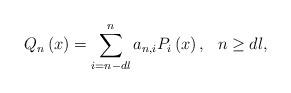
LaTeX: \begin{align*}Q_{n}\left( x\right) =\sum\limits_{i=n-dl}^{n}a_{n,i}P_{i}\left( x\right) ,\ \ n\geq dl,\end{align*}